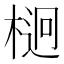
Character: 𣔲